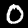
Digit: 0